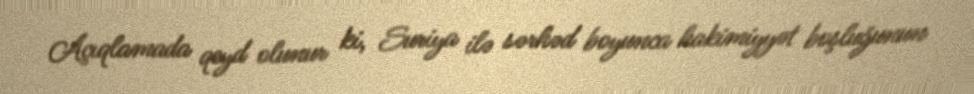
Açıqlamada qeyd olunur ki, Suriya ilə sərhəd boyunca hakimiyyət boşluğunun